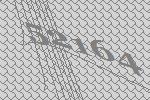
52164